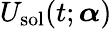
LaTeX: U_{\textrm{sol}}(t;\boldsymbol{\alpha})